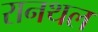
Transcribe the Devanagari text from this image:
रानथल